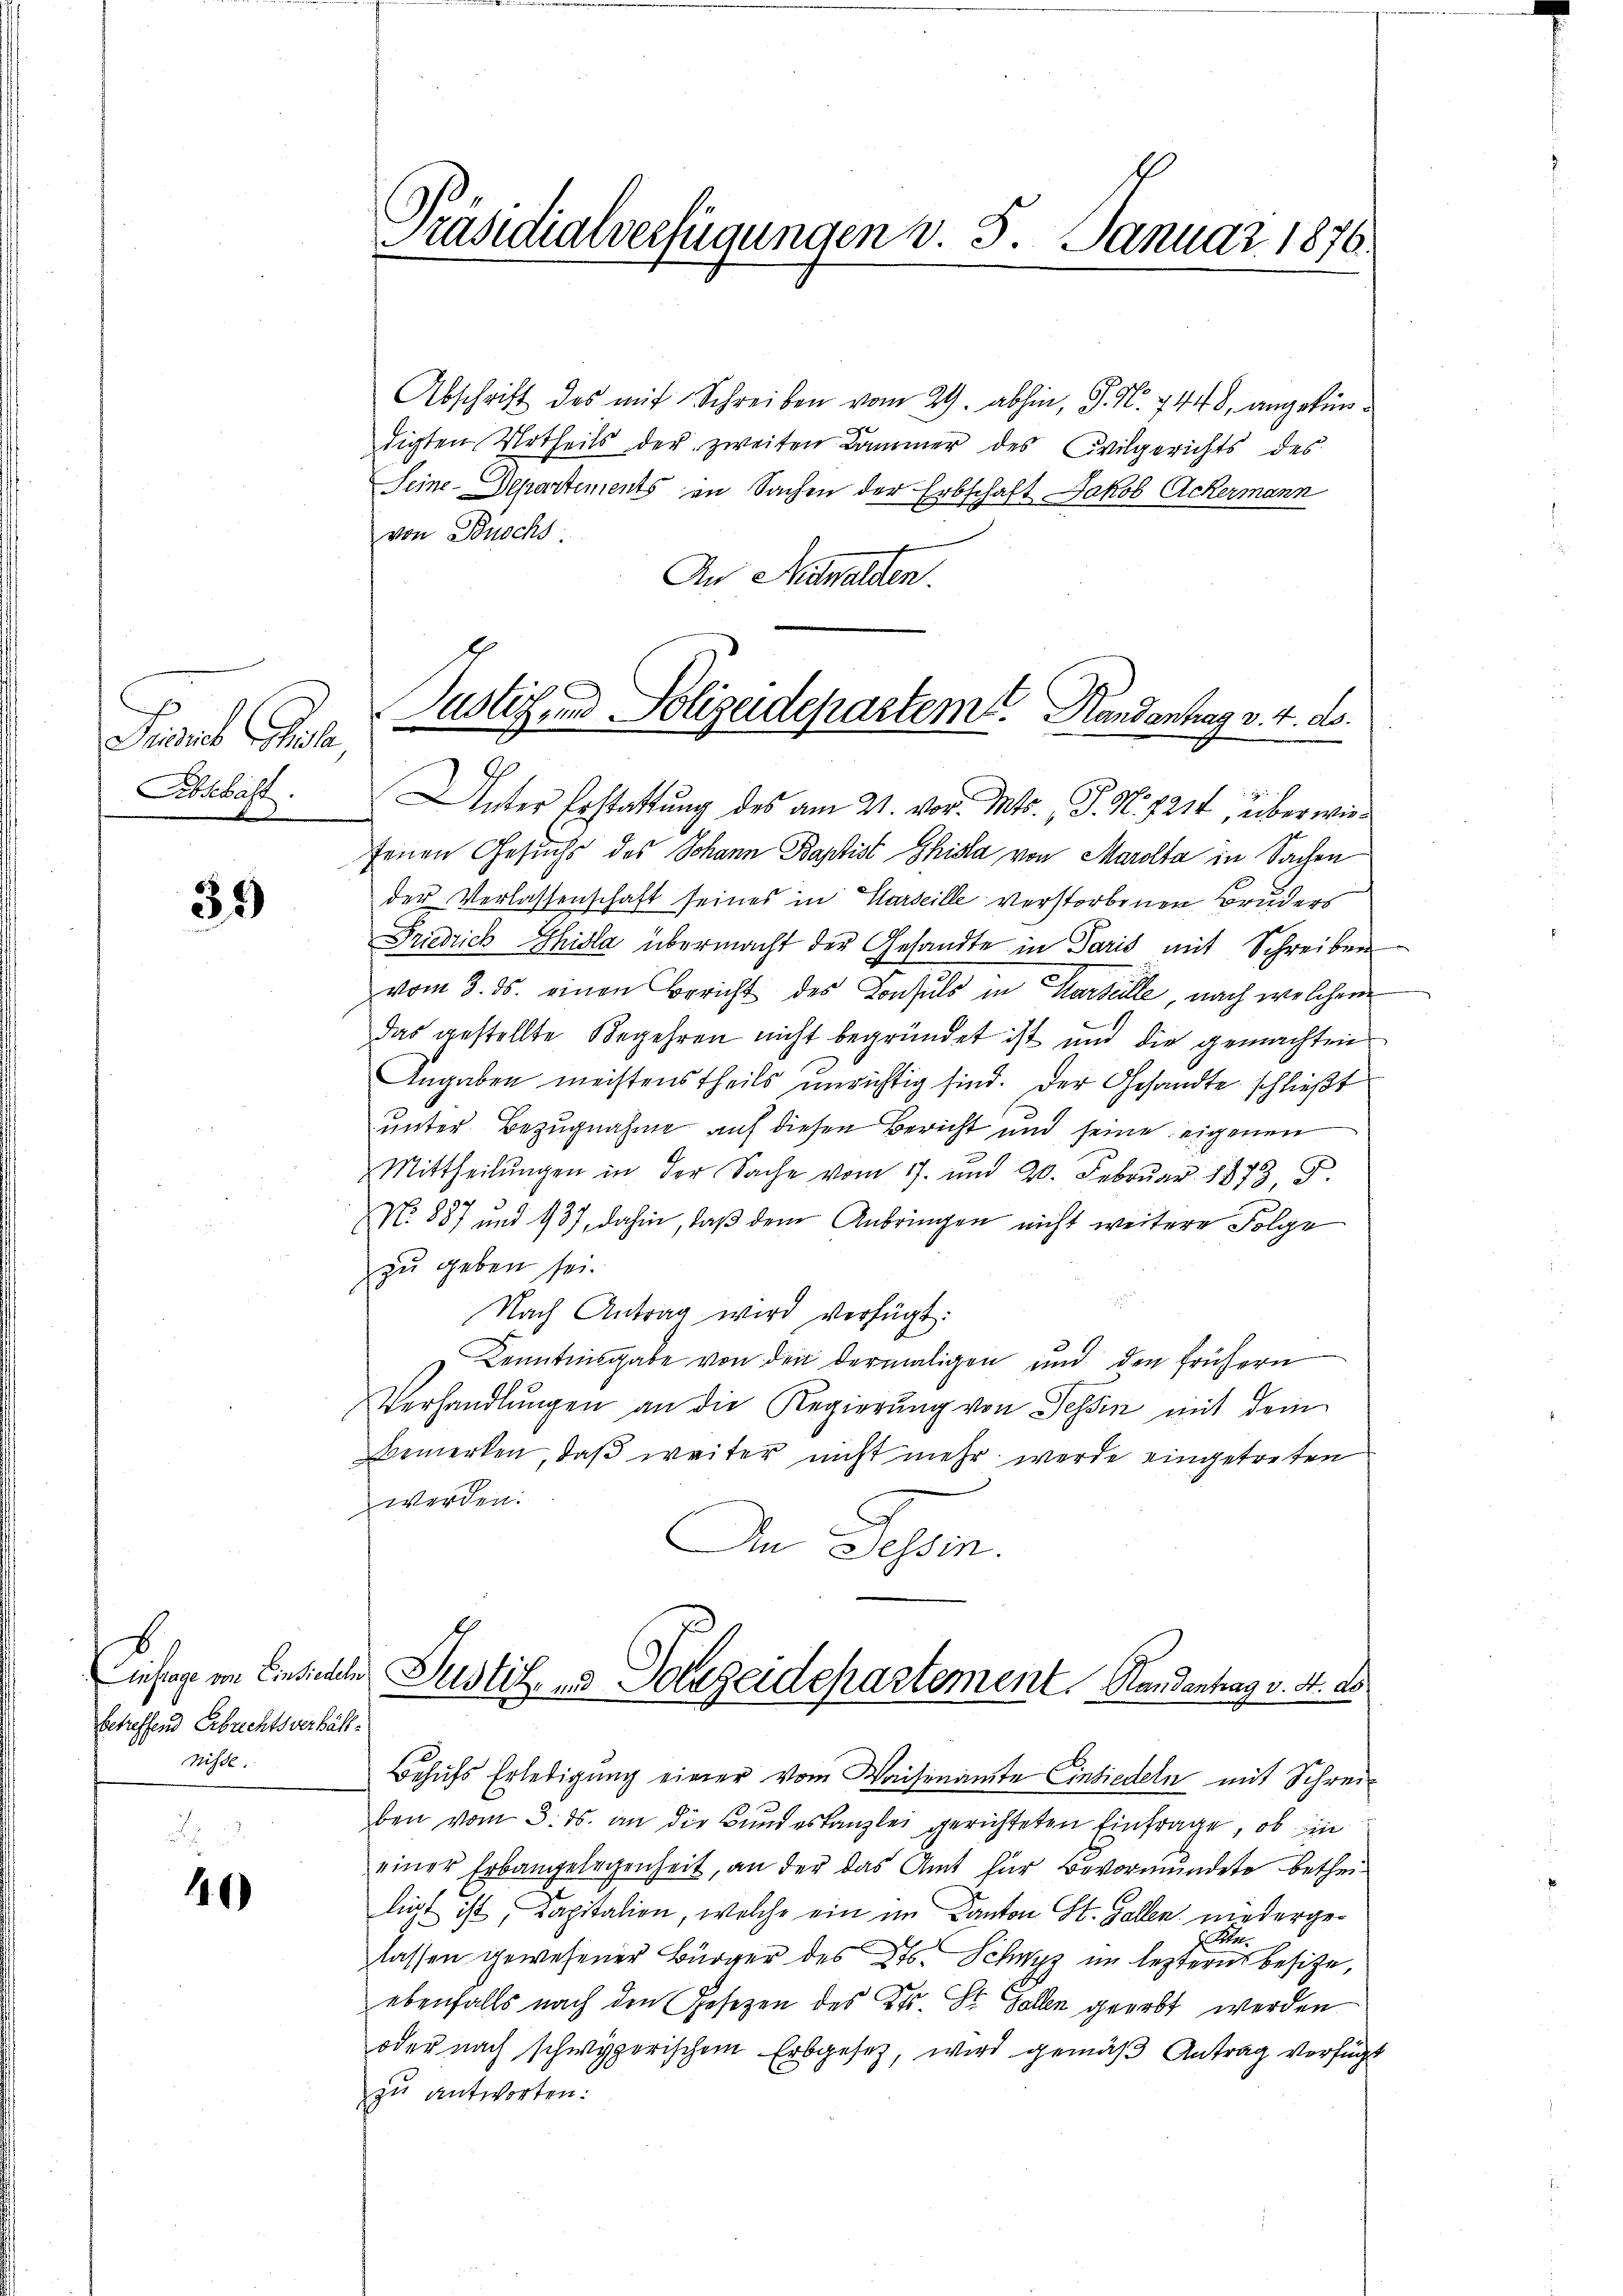
Prisses Schule,
Abschaft.

39

betreffend Erbrechtsverfällnisse.

140)

Präsidialverfügungen v. 5. Januar 1876.

Abschrift des mit Schreiben vom 29. abhin, S. N. 7448, angekündigten Urtheils der zweiten Kammer des Civilgerichts des
Seine Departements in Sachen der Erbschaft Jakob Ackermann
von Buochs
An Nidwalden.
Unter Erstattung des am 21. vor. Mts. J. N. 821t, überwiefenen Gesuchs des Johann Baptist hisla von Marolta in Sachen
der Verlassenschaft seines in Marseille verstorbenen Bruders
Friedrich Ghisla übermacht der Gesandte in Paris mit Schreiben
vom 3. ds. einen Bericht des Consuls in Karteilte, nach welchem
das gestellte Begehren nicht begründet ist und die gemachten
Angaben meistenstheils unrichtig sind. Der Gesandte schließt
unter Bezugnahme auf diesen Bericht und seine eigenen
Mittheilŭngen in der Sache vom 17. und 20. Febrŭar 1873, S.
9.
NNo. 887 und 937, dahin, daß dem Anbringen nicht weitere Folge
zu geben sei.
Nach Antrag wird verfügt:
Kenntnisgabe von den dermaligen und den frühern
Verhandlŭngen an die Regierung von Tessin mit dem
bemerken, daß weiter nicht mehr werde eingetreten
werden.
An Tessin.
Einfrage von Einsichele Justiz- und Polizeidepartement Randantrag v. 4. ds.
Behufs Erledigung einer vom Waisenamte Einsiedeln mit Schreiben vom 3. ds. an die Bundeskanzlei gerichteten Einfrage, ob in
einer Erbangelegenheit, an der das Amt für Bevormundete betheiliet ist, Kapitalien, welche ein im Kanton St. Gallen niederge¬
A
lassen gewesener Bürger des Kts. Schwyz im leztern besitze,
ebenfalls nach den Gesetzen des Kts. St. Gallen geerbt werden
oder nach schwyzerischem Erbgesetz, wird gemäß Antrag verfügt
zu antworten:

Justiz und Polizeidepartemt. Randantrag v. 4. ds.